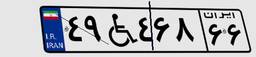
۴۹W۴۶۸۶۶